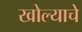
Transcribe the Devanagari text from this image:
खोल्याचे